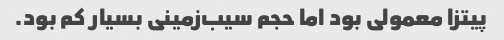
پیتزا معمولی بود اما حجم سیب‌زمینی بسیار کم بود.